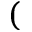
(